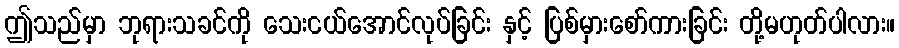
ဤသည်မှာ ဘုရားသခင်ကို သေးငယ်အောင်လုပ်ခြင်း နှင့် ပြစ်မှားစော်ကားခြင်း တို့မဟုတ်ပါလား။